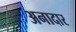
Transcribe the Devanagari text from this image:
अनादार